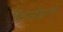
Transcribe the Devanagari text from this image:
फिएसोलानो